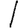
Digit: 1